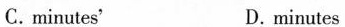
C.minutes' D. minutes